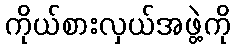
ကိုယ်စားလှယ်အဖွဲ့ကို